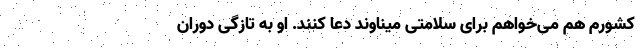
کشورم هم می‌خواهم برای سلامتی میناوند دعا کنند. او به تازگی دوران